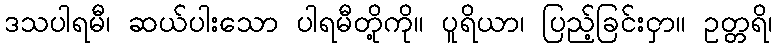
ဒသပါရမီ၊ ဆယ်ပါးသော ပါရမီတို့ကို။ ပူရိယာ၊ ပြည့်ခြင်းငှာ။ ဥတ္တရိ၊